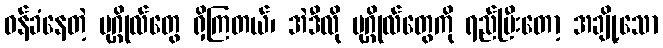
ဝန်ခံနေတဲ့ ပုဂ္ဂိုလ်တွေ ရှိကြတယ်၊ အဲဒီလို ပုဂ္ဂိုလ်တွေကို ရည်ပြီးတော့ အချို့သော